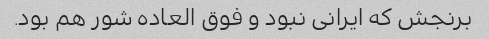
برنجش که ایرانی نبود و فوق العاده شور هم بود.